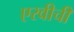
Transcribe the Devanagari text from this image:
एरवीची